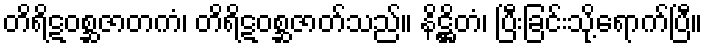
တိရိဋဝစ္ဆဇာတကံ၊ တိရိဋဝစ္ဆဇာတ်သည်။ နိဋ္ဌိတံ၊ ပြီးခြင်းသို့ရောက်ပြီ။